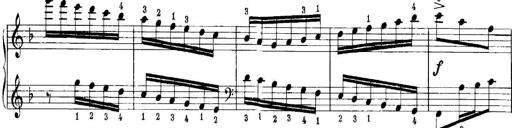
Title: Quatres sonatines
Composer: Tadeusz Joteyko